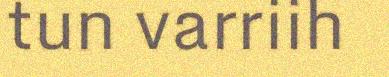
tun varriih